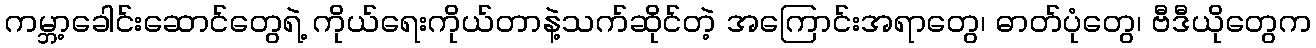
ကမ္ဘာ့ခေါင်းဆောင်တွေရဲ့ ကိုယ်ရေးကိုယ်တာနဲ့သက်ဆိုင်တဲ့ အကြောင်းအရာတွေ၊ ဓာတ်ပုံတွေ၊ ဗီဒီယိုတွေက